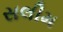
સલીમ